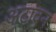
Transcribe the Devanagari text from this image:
अटावन